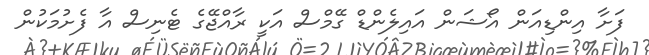
ފަށާ އިންޑިއަން އޯޝަން އައިލެންޑް ގޭމްސް އަކީ ރާއްޖޭގެ ޓެނިސް އާ ފެށުމަކުން